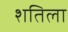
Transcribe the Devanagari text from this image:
शतिला